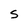
Character: 5